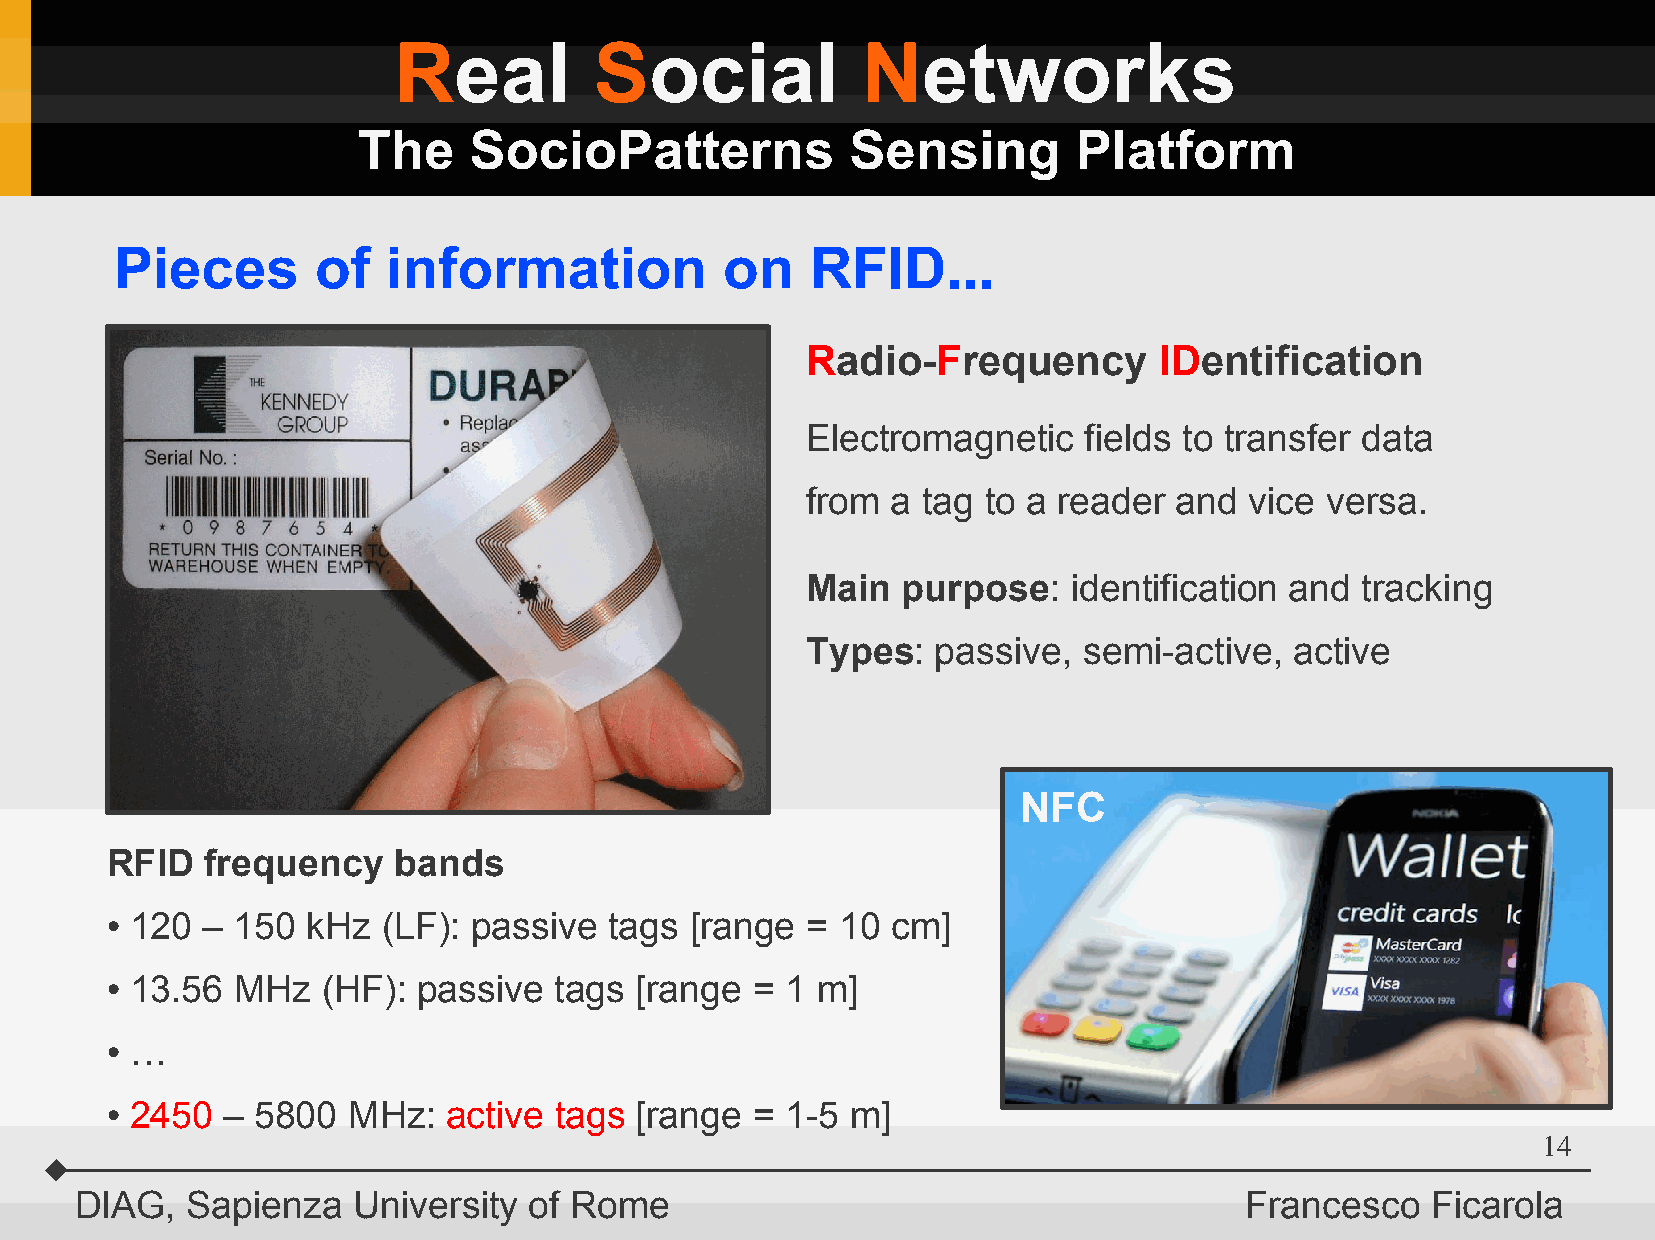
Real         Social            Networks
 The    SocioPatterns            Sensing        Platform
 Pieces       of   information           on    RFID...
 Radio-Frequency         IDentification
 Electromagnetic    fields to transfer data
 from  a tag to a reader  and  vice versa.
 Main   purpose:   identification and tracking
 Types:   passive,  semi-active,  active
 NFC
 RFID   frequency   bands
 120 – 150  kHz  (LF): passive  tags  [range =  10 cm]
 ●
 13.56  MHz  (HF):  passive  tags [range  = 1 m]
 ●
 …
 ●
 2450  – 5800  MHz:   active tags [range  = 1-5 m]
 ●
 14
 DIAG,  Sapienza   University  of Rome                                        Francesco    Ficarola